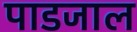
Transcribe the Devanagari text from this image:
पाडजाल